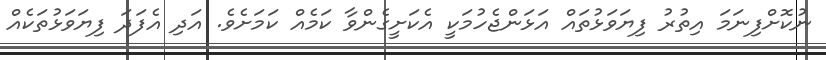
ނުކޮށްފިނަމަ އިތުރު ފިޔަވަޅުތައް އަޅަންޖެހުމަކީ އެކަށީގެންވާ ކަމެއް ކަމަށެވެ. އަދި އެފަދަ ފިޔަވަޅުތަކެއް